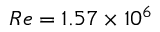
R e = 1 . 5 7 \times 1 0 ^ { 6 }